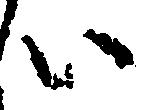
い